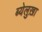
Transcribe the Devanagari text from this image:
ब्येलुख़ा